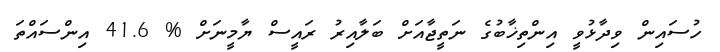
ހުސައިން ވިދާޅުވީ އިންތިޚާބުގެ ނަތީޖާއަށް ބަލާއިރު ރައީސް ޔާމީނަށް % 41.6 އިންސައްތަ